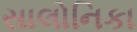
સાલોનિકા